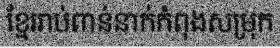
ខ្មែររាប់ពាន់នាក់កំពុងសម្រុក